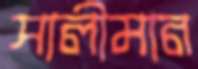
সালীমান